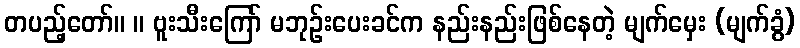
တပည့်တော်။ ။ ဗူးသီးကြော် မဘုဉ်းပေးခင်က နည်းနည်းဖြစ်နေတဲ့ မျက်မှေး (မျက်ခွံ)